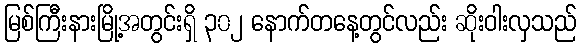
မြစ်ကြီးနားမြို့အတွင်းရှိ ၃၀၂ နောက်တနေ့တွင်လည်း ဆိုးဝါးလှသည်